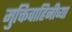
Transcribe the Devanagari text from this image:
मुक्तिवाहिनीच्या